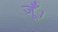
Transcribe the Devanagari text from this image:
जूँ।